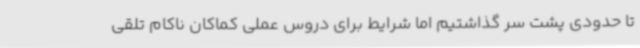
تا حدودی پشت سر گذاشتیم اما شرایط برای دروس عملی کماکان ناکام تلقی